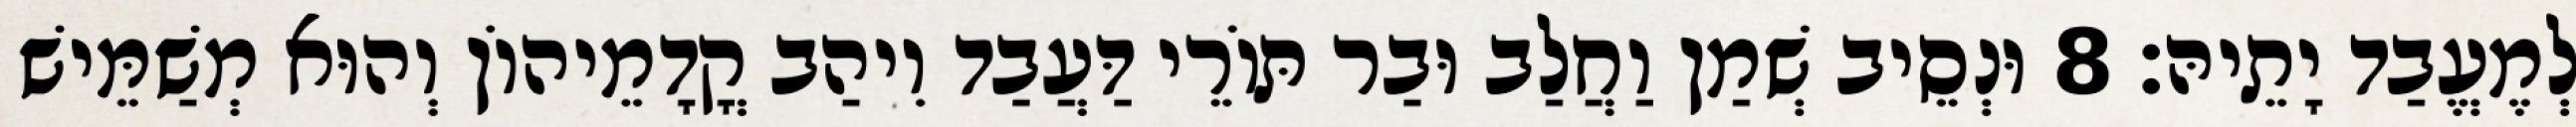
לְמֶעֱבַד יָתֵיהּ׃ 8 וּנְסֵיב שְׁמַן וַחֲלַב וּבַר תּוֹרֵי דַּעֲבַד וִיהַב קֳדָמֵיהוֹן וְהוּא מְשַׁמֵּישׁ